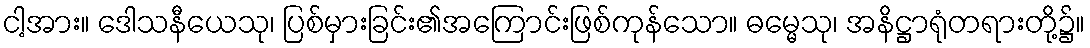
ငါ့အား။ ဒေါသနီယေသု၊ ပြစ်မှားခြင်း၏အကြောင်းဖြစ်ကုန်သော။ ဓမ္မေသု၊ အနိဋ္ဌာရုံတရားတို့၌။